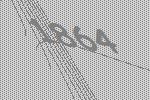
1864